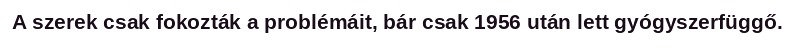
A szerek csak fokozták a problémáit, bár csak 1956 után lett gyógyszerfüggő.